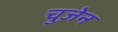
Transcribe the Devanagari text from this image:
चुज़ेन